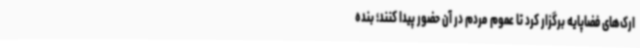
ارک‌های فضاپایه برگزار کرد تا عموم مردم در آن حضور پیدا کنند؛ بنده